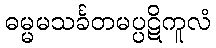
ဓမ္မမသင်္ခတမပ္ပဋိကူလံ